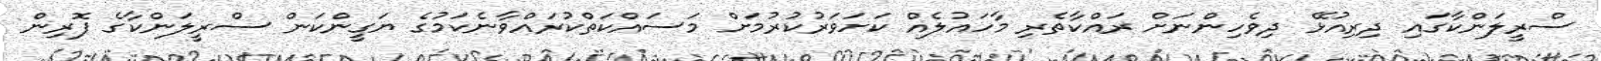
ސްރީލަންކާގައި ދިރިއުޅޭ ދިވެހިންނަށް ރައްކާތެރި މާހައުލެއް ކަށަވަރުކުރުމަށް މަސައްކަތްކުރައްވާނެކަމުގެ ޔަގީންކަން ސްރީލަންކާގެ ފޮރިން